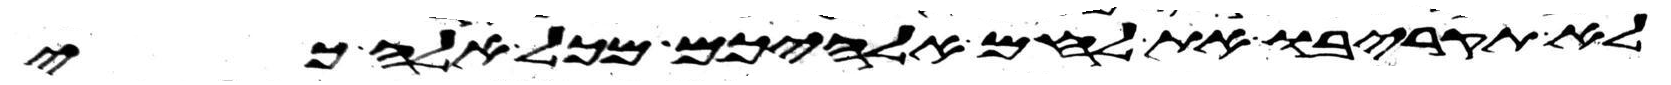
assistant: לא תקריבו את לחם אלהיכם מכל אלה כי